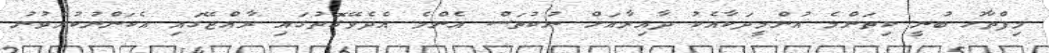
މިފްތާހު ބުނީ ކިތަންމެ އުންމީދަކާއެކު ދާއިރާއަށް ނުކުތަސް އެންމެ އެދެވޭގޮތުގައި ރާއްޖޭގައި އެކަންނުކުރެވުނު